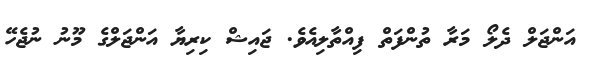
އަންޖަލް ދެލޯ މަރާ ތުންފަތް ފިއްތާލިއެވެ. ޖައިޝް ކިރިޔާ އަންޖަލްގެ މޫނު ނުޖެހޭ